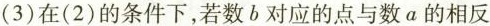
(3)在(2)的条件下，若数b对应的点与数a的相反